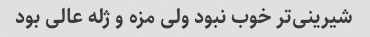
شیرینی‌تر خوب نبود ولی مزه و ژله عالی بود